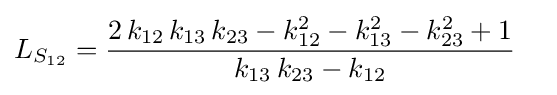
L_{S_{12}}={\frac {2\,k_{12}\,k_{13}\,k_{23}-k_{12}^{2}-k_{13}^{2}-k_{23}^{2}+1}{k_{13}\,k_{23}-k_{12}}}\quad